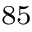
^ { 8 5 }